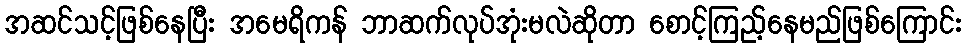
အဆင်သင့်ဖြစ်နေပြီး အမေရိကန် ဘာဆက်လုပ်အုံးမလဲဆိုတာ စောင့်ကြည့်နေမည်ဖြစ်ကြောင်း